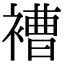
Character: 褿